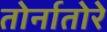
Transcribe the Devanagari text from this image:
तोर्नातोरे